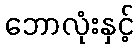
ဘောလုံးနှင့်